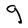
Character: g